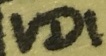
Text: VD1